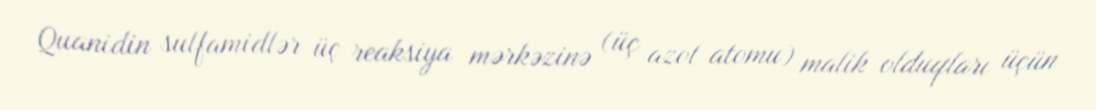
Quanidin sulfamidlər üç reaksiya mərkəzinə (üç azot atomu) malik olduqları üçün